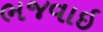
ભજવાઇ